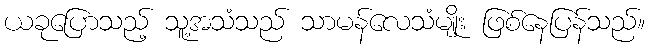
ယခုပြောသည့် သူ့အသံသည် သာမန်လေသံမျိုး ဖြစ်နေပြန်သည်။